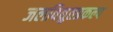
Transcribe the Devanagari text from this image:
जलविद्युतप्रकल्प